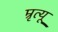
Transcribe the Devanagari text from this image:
म्रृत्यू